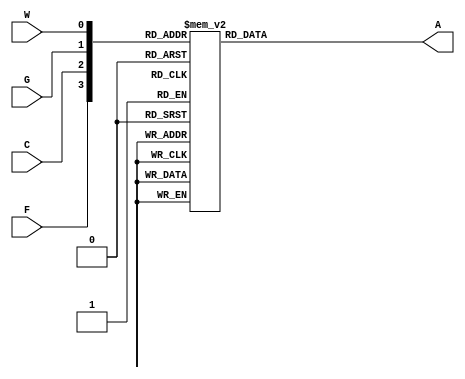
module lab4step1(A, F, C, G, W);
	input F, C, G, W;
	output A;
	reg A;
	
	always @(C or G or W or F)
	begin 
		case({F, C, G, W})
			
			4'b0000: A = 'b0;
			4'b0001: A = 'b0;
			4'b0010: A = 'b0;
			4'b0011: A = 'b1;
			4'b0100: A = 'b0;
			4'b0101: A = 'b0;
			4'b0110: A = 'b1;
			4'b0111: A = 'b1;
			4'b1000: A = 'b1;
			4'b1001: A = 'b1;
			4'b1010: A = 'b0;
			4'b1011: A = 'b0;
			4'b1100: A = 'b1;
			4'b1101: A = 'b0;
			4'b1110: A = 'b0;
			4'b1111: A = 'b0;
		endcase
	end
	
endmodule